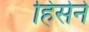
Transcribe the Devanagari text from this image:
हिंसेने